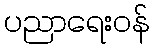
ပညာရေးဝန်